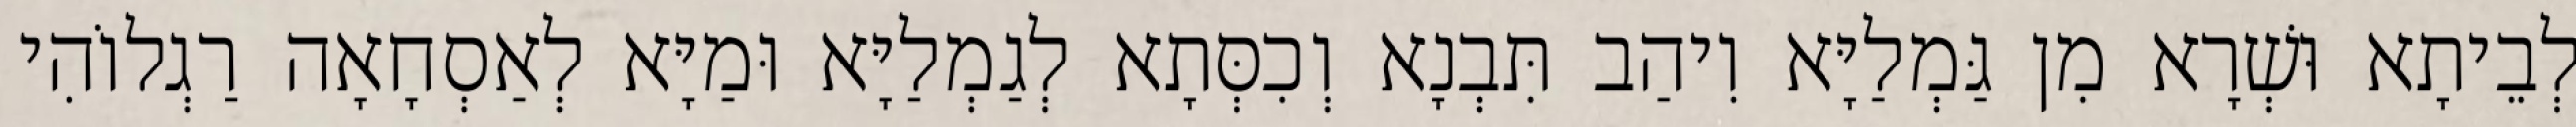
לְבֵיתָא וּשְׁרָא מִן גַּמְלַיָּא וִיהַב תִּבְנָא וְכִסְּתָא לְגַמְלַיָּא וּמַיָּא לְאַסְחָאָה רַגְלוֹהִי